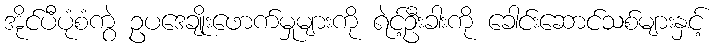
အိုင်ပီပုံစံကွဲ ဥပဒေချိုးဖောက်မှုများကို ရဲင့်ဦးခါးကို ခေါင်းဆောင်သစ်များနှင့်